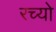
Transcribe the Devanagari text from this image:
रच्यो